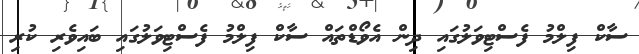
ސާކް ފިލްމު ފެސްޓިވަލުގައި ދިން އެވޯޑްތައް ސާކް ފިލްމު ފެސްޓިވަލުގައި ބައިވެރި ކުރި